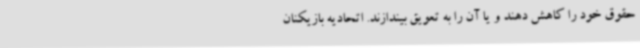
حقوق خود را کاهش دهند و یا آن را به تعویق بیندازند. اتحادیه بازیکنان